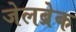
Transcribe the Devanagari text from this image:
जेलब्रेक